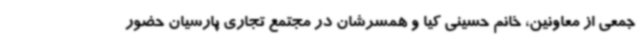
جمعی از معاونین، خانم حسینی کیا و همسرشان در مجتمع تجاری پارسیان حضور